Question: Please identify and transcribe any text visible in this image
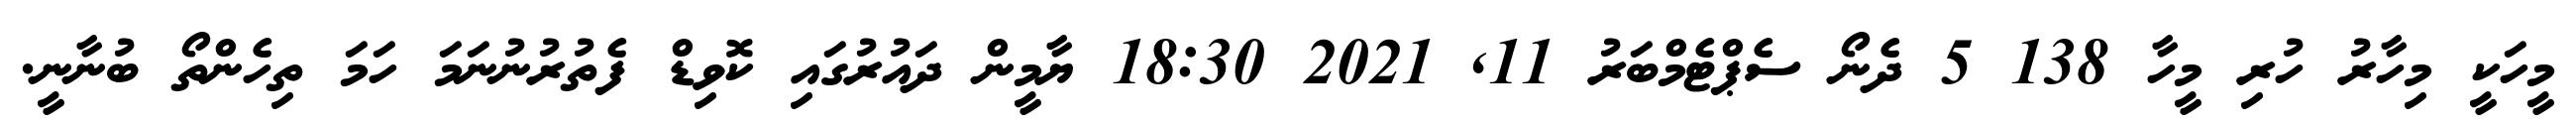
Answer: މީހަކީ މިހާރު ހުރި މީހާ 138 5 ދެނޯ ސެޕްޓެމްބަރު 11, 2021 18:30 ޔާމީން ދައުރުގައި ކޮވިޑް ފެތުރުނުނަމަ ހަމަ ތިހެންތޯ ބުނާނީ.